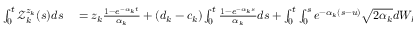
\begin{array} { r l } { \int _ { 0 } ^ { t } \mathcal { Z } _ { k } ^ { z _ { k } } ( s ) d s } & { { } = z _ { k } \frac { 1 - e ^ { - \alpha _ { k } t } } { \alpha _ { k } } + ( d _ { k } - c _ { k } ) \int _ { 0 } ^ { t } \frac { 1 - e ^ { - \alpha _ { k } s } } { \alpha _ { k } } d s + \int _ { 0 } ^ { t } \int _ { 0 } ^ { s } e ^ { - \alpha _ { k } ( s - u ) } \sqrt { 2 \alpha _ { k } } d W _ { k } ( u ) d s } \end{array}